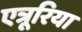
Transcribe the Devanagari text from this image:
एत्रूरिया